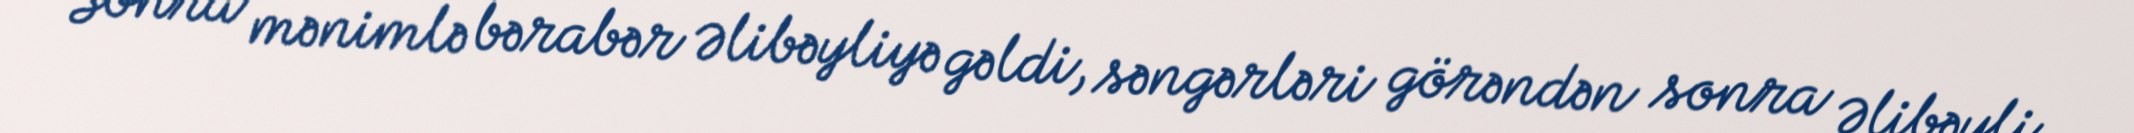
Sonra mənimlə bərabər Əlibəyliyə gəldi, səngərləri görəndən sonra Əlibəyli